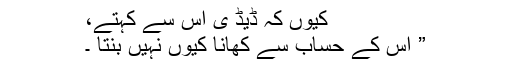
کیوں کہ ڈیڈ ی اس سے کہتے،
” اِس کے حساب سے کھانا کیوں نہیں بنتا ۔